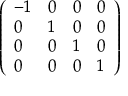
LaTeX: \left( \begin{array} { l l l l } { - 1 } & { 0 } & { 0 } & { 0 } \\ { 0 } & { 1 } & { 0 } & { 0 } \\ { 0 } & { 0 } & { 1 } & { 0 } \\ { 0 } & { 0 } & { 0 } & { 1 } \end{array} \right)